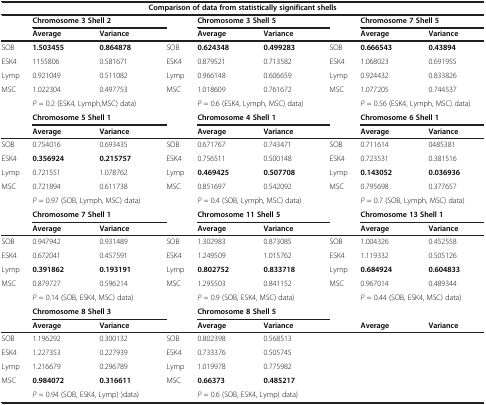
<table><thead><tr><td colspan="9"><b>Comparison of data from statistically significant shells</b></td></tr><tr><td rowspan="2"><b> </b></td><td colspan="2"><b>Chromosome 3 Shell 2</b></td><td><b> </b></td><td colspan="2"><b>Chromosome 3 Shell 5</b></td><td><b> </b></td><td colspan="2"><b>Chromosome 7 Shell 5</b></td></tr><tr><td><b>Average</b></td><td><b>Variance</b></td><td><b> </b></td><td><b>Average</b></td><td><b>Variance</b></td><td><b> </b></td><td><b>Average</b></td><td><b>Variance</b></td></tr></thead><tbody><tr><td>SOB</td><td><b>1.503455</b></td><td><b>0.864878</b></td><td>SOB</td><td><b>0.624348</b></td><td><b>0.499283</b></td><td>SOB</td><td><b>0.666543</b></td><td><b>0.43894</b></td></tr><tr><td>ESK4</td><td>1155806</td><td>0.581671</td><td>ESK4</td><td>0.879521</td><td>0.713582</td><td>ESK4</td><td>1.068023</td><td>0.691955</td></tr><tr><td>Lymp</td><td>0.921049</td><td>0.511082</td><td>Lymp</td><td>0.966148</td><td>0.606659</td><td>Lymp</td><td>0.924432</td><td>0.833826</td></tr><tr><td>MSC</td><td>1.022304</td><td>0.497753</td><td>MSC</td><td>1.018609</td><td>0.761672</td><td>MSC</td><td>1.077205</td><td>0.744537</td></tr><tr><td rowspan="2"> </td><td colspan="2"><i>P</i> = 0.2 (ESK4, Lymph,MSC) data)</td><td> </td><td colspan="2"><i>P</i> = 0.6 (ESK4, Lymph, MSC) data)</td><td> </td><td colspan="2"><i>P</i> = 0.56 (ESK4, Lymph, MSC) data)</td></tr><tr><td colspan="2"><b>Chromosome 5 Shell 1</b></td><td> </td><td colspan="2"><b>Chromosome 4 Shell 1</b></td><td> </td><td colspan="2"><b>Chromosome 6 Shell 1</b></td></tr><tr><td> </td><td><b>Average</b></td><td><b>Variance</b></td><td> </td><td><b>Average</b></td><td><b>Variance</b></td><td> </td><td><b>Average</b></td><td><b>Variance</b></td></tr><tr><td>SOB</td><td>0.754016</td><td>0.693435</td><td>SOB</td><td>0.671767</td><td>0.743471</td><td>SOB</td><td>0.711614</td><td>0485381</td></tr><tr><td>ESK4</td><td><b>0.356924</b></td><td><b>0.215757</b></td><td>ESK4</td><td>0.756511</td><td>0.500148</td><td>ESK4</td><td>0.723531</td><td>0.381516</td></tr><tr><td>Lymp</td><td>0.721551</td><td>1.078762</td><td>Lymp</td><td><b>0.469425</b></td><td><b>0.507708</b></td><td>Lymp</td><td><b>0.143052</b></td><td><b>0.036936</b></td></tr><tr><td>MSC</td><td>0.721894</td><td>0.611738</td><td>MSC</td><td>0.851697</td><td>0.542092</td><td>MSC</td><td>0.795698</td><td>0.377657</td></tr><tr><td rowspan="2"> </td><td colspan="2"><i>P</i> = 0.97 (SOB, Lymph, MSC) data)</td><td> </td><td colspan="2"><i>P</i> = 0.4 (SOB, Lymph, MSC) data)</td><td> </td><td colspan="2"><i>P</i> = 0.7 (SOB, Lymph, MSC) data)</td></tr><tr><td colspan="2"><b>Chromosome 7 Shell 1</b></td><td> </td><td colspan="2"><b>Chromosome 11 Shell 5</b></td><td> </td><td colspan="2"><b>Chromosome 13 Shell 1</b></td></tr><tr><td> </td><td><b>Average</b></td><td><b>Variance</b></td><td> </td><td><b>Average</b></td><td><b>Variance</b></td><td> </td><td><b>Average</b></td><td><b>Variance</b></td></tr><tr><td>SOB</td><td>0.947942</td><td>0.931489</td><td>SOB</td><td>1.302983</td><td>0.873085</td><td>SOB</td><td>1.004326</td><td>0.452558</td></tr><tr><td>ESK4</td><td>0.672041</td><td>0.457591</td><td>ESK4</td><td>1.249509</td><td>1.015762</td><td>ESK4</td><td>1.119332</td><td>0.505126</td></tr><tr><td>Lymp</td><td><b>0.391862</b></td><td><b>0.193191</b></td><td>Lymp</td><td><b>0.802752</b></td><td><b>0.833718</b></td><td>Lymp</td><td><b>0.684924</b></td><td><b>0.604833</b></td></tr><tr><td>MSC</td><td>0.879727</td><td>0.596214</td><td>MSC</td><td>1.295503</td><td>0.841152</td><td>MSC</td><td>0.967014</td><td>0.489344</td></tr><tr><td rowspan="2"> </td><td colspan="2"><i>P</i> = 0.14 (SOB, ESK4, MSC) data)</td><td> </td><td colspan="2"><i>P</i> = 0.9 (SOB, ESK4, MSC) data)</td><td> </td><td colspan="2"><i>P</i> = 0.44 (SOB, ESK4, MSC) data)</td></tr><tr><td colspan="2"><b>Chromosome 8 Shell 3</b></td><td> </td><td colspan="2"><b>Chromosome 8 Shell 5</b></td><td> </td><td colspan="2"> </td></tr><tr><td> </td><td><b>Average</b></td><td><b>Variance</b></td><td> </td><td><b>Average</b></td><td><b>Variance</b></td><td> </td><td><b>Average</b></td><td><b>Variance</b></td></tr><tr><td>SOB</td><td>1.196292</td><td>0.300132</td><td>SOB</td><td>0.802398</td><td colspan="2">0.568513</td><td> </td><td> </td></tr><tr><td>ESK4</td><td>1.227353</td><td>0.227939</td><td>ESK4</td><td>0.733376</td><td colspan="2">0.505745</td><td> </td><td> </td></tr><tr><td>Lymp</td><td>1.216679</td><td>0.296789</td><td>Lymp</td><td>1.019978</td><td colspan="2">0.775982</td><td> </td><td> </td></tr><tr><td>MSC</td><td><b>0.984072</b></td><td><b>0.316611</b></td><td>MSC</td><td><b>0.66373</b></td><td colspan="2"><b>0.485217</b></td><td> </td><td> </td></tr><tr><td> </td><td colspan="2"><i>P</i> = 0.94 (SOB, ESK4, Lymp) )data)</td><td> </td><td colspan="2"><i>P</i> = 0.6 (SOB, ESK4, Lymp) data)</td><td> </td><td colspan="2"> </td></tr></tbody></table>